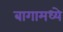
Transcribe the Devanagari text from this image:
बागामध्ये